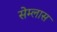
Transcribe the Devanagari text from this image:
सेम्लास